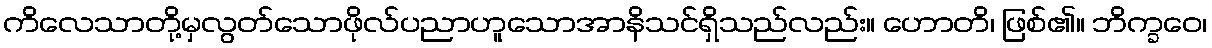
ကိလေသာတို့မှလွတ်သောဖိုလ်ပညာဟူသောအာနိသင်ရှိသည်လည်း။ ဟောတိ၊ ဖြစ်၏။ ဘိက္ခဝေ၊